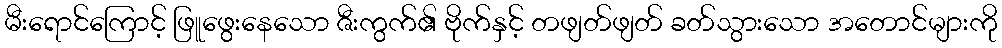
မီးရောင်ကြောင့် ဖြူဖွေးနေသော ဇီးကွက်၏ ဗိုက်နှင့် တဖျတ်ဖျတ် ခတ်သွားသော အတောင်များကို